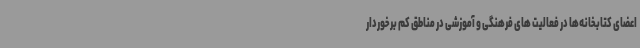
اعضای کتابخانه‌ها در فعالیت های فرهنگی و آموزشی در مناطق کم برخوردار